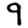
Digit: 9